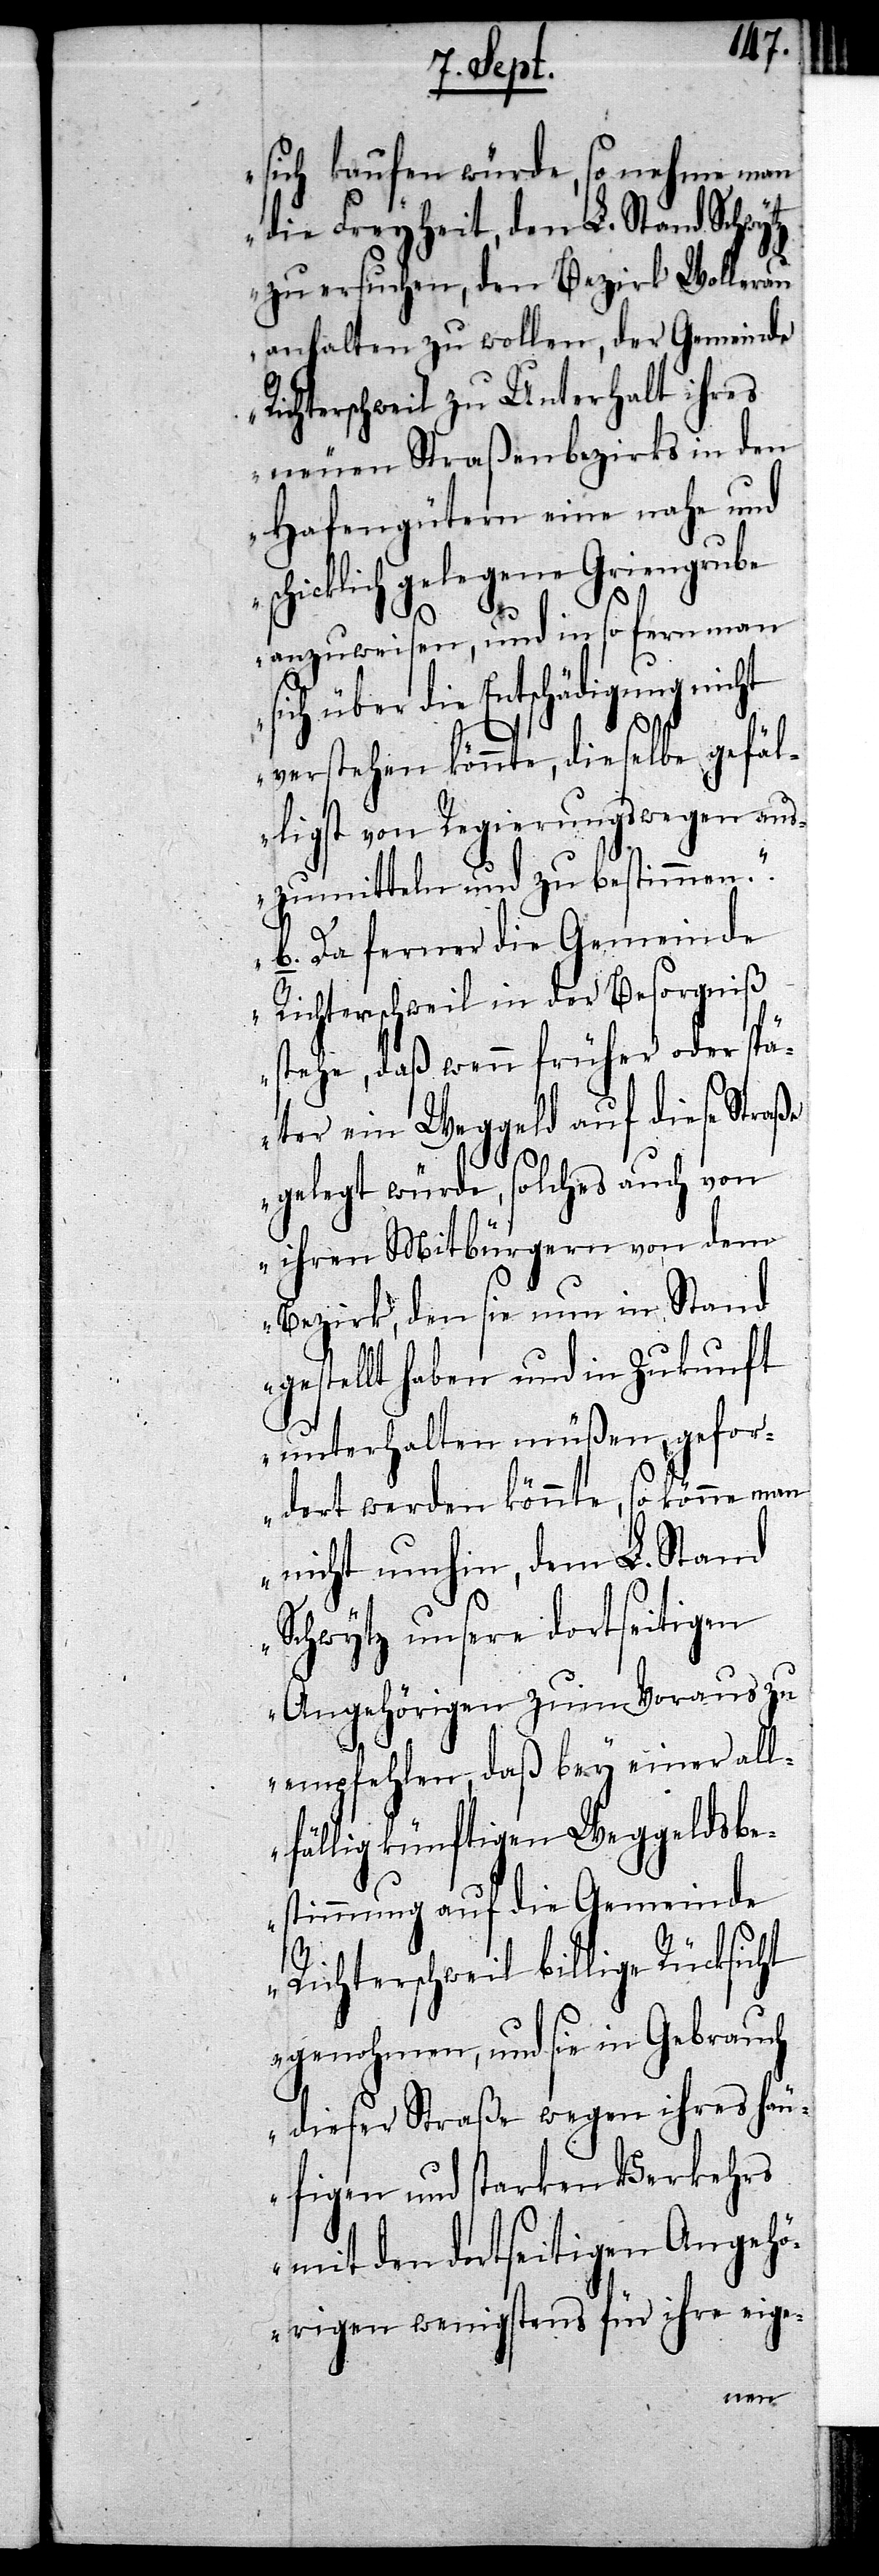
sich kaufen würde, so nehme man
die Freyheit, den L. Stand Schwytz
zu ersuchen, den Bezirk Wollerau
anhalten zu wollen, der Gemeinde
Richterschweil zu Unterhalt ihres
neuen Straßenbezirks in den
Hafengütern eine nahe und
schicklich gelegene Griengrube
anzuweisen, und in so fern man
über die Entschädigung nicht
verstehen könnte, dieselbe gefäl¬
ligst von Regierungs wegen aus¬
zumitteln und zu bestimmen.
b. Da ferner die Gemeinde
Richterschweil in der Besorgniß
stehe, daß wenn früher oder spä¬
ter ein Weggeld auf diese
gelegt würde, solches auch von
ihren Mitbürgern von dem
Bezirk, den sie nun in Stand
gestellt haben und in Zukunft
unterhalten müßen, gefor¬
dert werden könnte, so könne man
nicht umhin, dem L. Stand
Schwytz unsere dortseitigen
Angehörigen zum Voraus zu
empfehlen, daß bey einer all¬
fällig künftigen Weggeldsbe¬
stimmung auf die Gemeinde
Richterschweil billige Rücksicht
genohmen, und sie in Gebrauch
dieser Straße wegen ihres häu¬
figen und starken Verkehrs
mit den dortseitigen Angehö¬
rigen wenigstens für ihre eige-